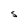
Character: S